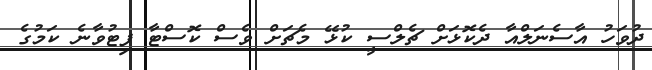
ދުވަހު އާސެނަލްއާ ދެކޮޅަށް ޗެލްސީ ކުޅޭ މެޗަށް ވެސް ކޮސްޓާ ފިޓުވާނެ ކަމުގެ